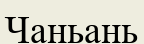
Чаньань